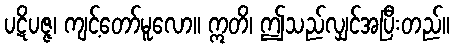
ပဋိပဇ္ဇ၊ ကျင့်တော်မူလော။ ဣတိ၊ ဤသည်လျှင်အပြီးတည်။